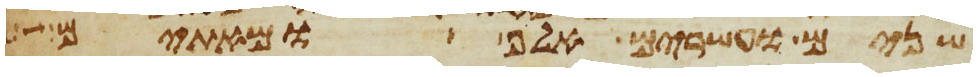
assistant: שנים ועשרים אלף ומאתים